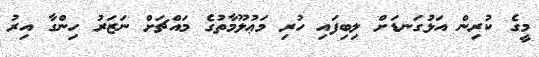
މީގެ ކުރިން އަޅުގަނޑަށް ލިބިފައި ހުރި މަޢުލޫމާތުގެ މައްޗަށް ނަޒަރު ހިންގާ އިރު